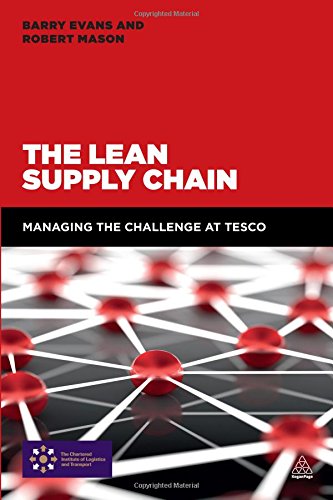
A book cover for The Lean Supply Chain: Managing the Challenge at Tesco; Barry Evans; Business & Money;